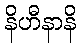
နိဟီနာနိ